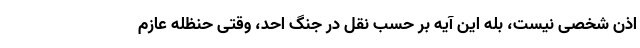
اذن شخصی نیست، بله این آیه بر حسب نقل در جنگ احد، وقتی حنظله عازم